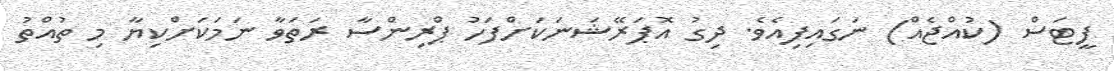
ފީޓަސް (ކުއްޖެއް) ނަގައިފިއެވެ. ދިގު އޮޕަރޭޝަނަކަށްފަހު ޕްރިންސާ ރަތަވާ ނަމަކަށްކިޔާ މި ތުއްތު